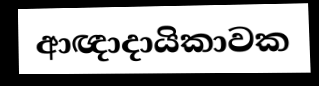
ආඥාදායිකාවක